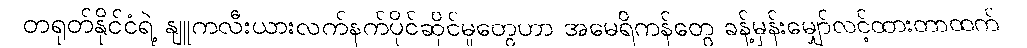
တရုတ်နိုင်ငံရဲ့ နျူကလီးယားလက်နက်ပိုင်ဆိုင်မှုတွေဟာ အမေရိကန်တွေ ခန့်မှန်းမျှော်လင့်ထားတာထက်